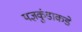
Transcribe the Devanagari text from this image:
यज्ञकुंडाकडे